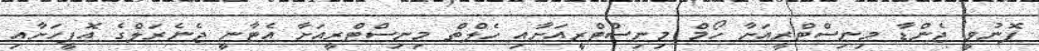
ފޮނުވީ ޖެންޑާ މިނިސްޓްރީއަށާ ހޯމް މިނިސްޓްރީއަށާއި ހެލްތް މިނިސްޓްރީއަށާ އެޓާނީ ޖެނެރަލްގެ އޮފީހަށާއި